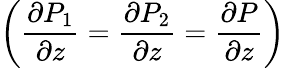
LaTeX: \displaystyle\left(\frac{\partial P_{1}}{\partial z}=\frac{\partial P_{2}}{\partial z}=\frac{\partial P}{\partial z}\right)